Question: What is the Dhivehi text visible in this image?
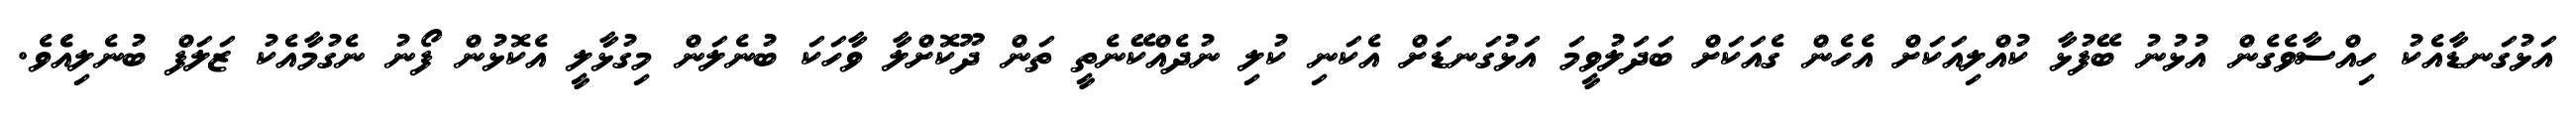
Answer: އަޅުގަނޑާއެކު ހިއްސާވެގެން އުޅުނު ބޭފުޅާ ކުއްލިއަކަށް އެހެން ގެއަކަށް ބަދަލުވީމަ އަޅުގަނޑަށް އެކަނި ކުލި ނުދެއްކޭނެތީ ތަން ދޫކޮށްލާ ވާހަކަ ބުނެލަން މިގުޅާލީ އެކޮޅުން ފޯނު ނެގުމާއެކު ޒަލަފް ބުނެލިއެެވެ.